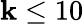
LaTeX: \mathbf{k}\leq10